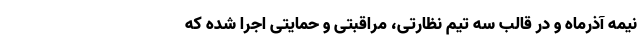
نیمه آذرماه و در قالب سه تیم نظارتی، مراقبتی و حمایتی اجرا شده که